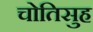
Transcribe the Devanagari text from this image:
चोतिसुह